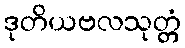
ဒုတိယဗလသုတ္တံ